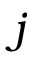
j